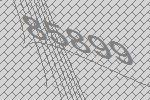
85899